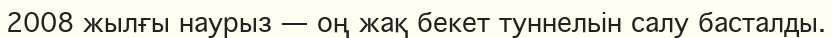
2008 жылғы наурыз — оң жақ бекет туннельін салу басталды.